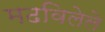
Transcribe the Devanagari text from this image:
मढविलेले